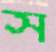
স